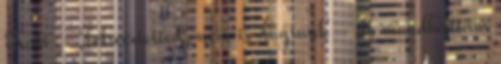
Kati - Félreértetted, nem is dugtunk - de mondhattam